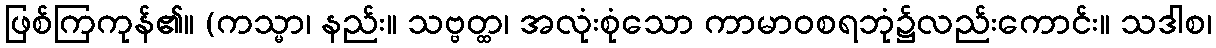
ဖြစ်ကြကုန်၏။ (ကသ္မာ၊ နည်း။ သဗ္ဗတ္ထ၊ အလုံးစုံသော ကာမာဝစရဘုံ၌လည်းကောင်း။ သဒါစ၊